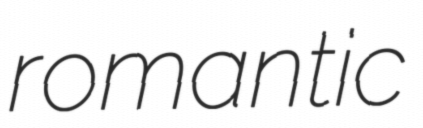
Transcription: romantic